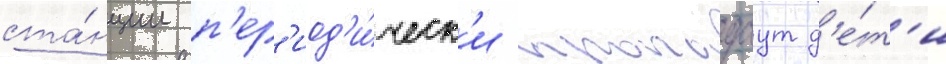
ста́нции п'ер'иод'и́ческ'и пропадаут д'е́т'и